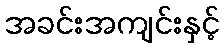
အခင်းအကျင်းနှင့်